system: You are a helpful assistant.
user:
Analyze the provided spectrum to determine if it is a **White Dwarf (WD)**.

A White Dwarf spectrum is defined by its **extreme purity** (due to gravitational settling) and/or **extreme pressure broadening** (due to high surface gravity). You must check for one of the following mutually exclusive signatures:

- **Key Visual Indicators (Check for ONE of these types):**

    - **1. DA-Type Signature (Most Common):**
        - **(Primary Feature):** Extreme pressure broadening (Stark broadening) of the **Hydrogen (H) Balmer lines**.
        - **(Key Lines):** $H\beta$ (approx. $4861$ Å) and $H\gamma$ (approx. $4340$ Å). $H\alpha$ (approx. $6563$ Å) will also be present if the wavelength range covers it.
        - **(Line Profile):** This is the **defining feature**. The lines are **NOT** sharp. They appear as massive, **extremely broad and deep "troughs" or "dips"** in the spectrum, often hundreds of Ångströms wide. The continuum will appear to "scoop" down at these wavelengths.
        - **(Distinction):** Normal A-type or B-type stars have *narrow* and *sharp* Hydrogen lines. A DA White Dwarf's lines are unmistakably "smeared" or "blurry" from pressure.

    - **2. DB-Type Signature:**
        - **(Primary Feature):** Broad absorption lines from **Neutral Helium (He I)**. The spectrum must lack any visible Hydrogen lines.
        - **(Key Lines):** Look for broad absorption near $4471$ Å, $4921$ Å, and $5876$ Å.
        - **(Line Profile):** These lines are also significantly pressure-broadened, appearing much wider than they would in a normal B-type main-sequence star.

    - **3. DC-Type Signature:**
        - **(Primary Feature):** A **featureless continuous spectrum**.
        - **(Line Profile):** The spectrum is a smooth curve with **no significant absorption or emission lines**.
        - **(Key Confirmation):** The continuum is almost always **blue or white**, indicating a hot object. This signature implies the atmosphere is so pure (or so cool) that no spectral lines are visible in the optical range. Its WD identity is confirmed by its extremely low intrinsic brightness (high absolute magnitude).

    - **4. DZ-Type Signature (Metal-Polluted):**
        - **(Primary Feature):** **Isolated, narrow metal absorption lines** on an otherwise featureless (DC-like) continuum.
        - **(Key Lines):** The **Calcium (Ca II) H & K doublet** (approx. **$3934$ Å** and **$3968$ Å**) is the most common and defining feature.
        - **(Line Profile):** These lines are "out of place." They are *not* part of a "forest" of thousands of lines. This signature is evidence of recent *accretion* (pollution) from rocky debris.
        - **(Distinction):** Normal G/K/M stars have a *dense forest* of thousands of metal lines. A DZ has a *clean* continuum with *only a few* strong metal lines.

    - **5. DQ-Type Signature (Carbon-Polluted):**
        - **(Primary Feature):** Absorption bands from **Carbon (C₂ "Swan Bands" or atomic C I)**.
        - **(Key Lines - C₂):** Look for bandheads with a "saw-tooth" shape near $5635$ Å, **$5165$ Å** (strongest), and $4737$ Å.
        - **(Key Confirmation):** The underlying **continuum must be blue or white** (hot).
        - **(Distinction):** This is the critical difference from a **Carbon Star**, which has the *exact same* C₂ bands but on an extremely **red, cool** continuum.

- **(Overall Spectrum):**
    - The continuum (overall shape) is typically **blue-sloping** (brighter in the blue than the red), as most white dwarfs are very hot.
    - The spectrum will look "pure" or "simple," dominated by only *one* of the five signatures listed above.

Think first, call **spectral_visualization_tool** if needed to examine features in detail, then provide your final answer. Your response must adhere to the following strict rules:
1.  **Overall Structure:** Your response must follow the format `<think>...</think> <tool_call>...</tool_call> (if a tool is used) <answer>...</answer>`.
2.  **Tool Usage Constraint:** You may only make **one** tool call per turn.
3.  **Final Answer Format:** In the `<answer>` tag, your conclusion must be inside a `\boxed{}` command (e.g., `\boxed{YES}` or `\boxed{NO}`), followed by your justification.

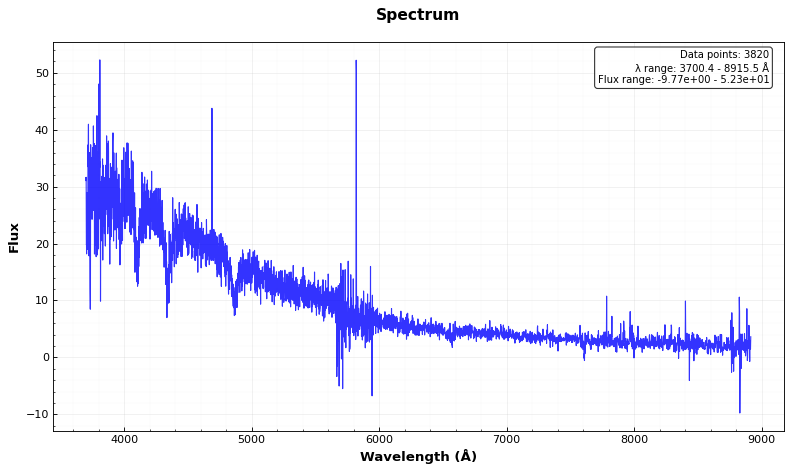
Answer: YES